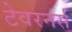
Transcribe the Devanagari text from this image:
टेवरनर्स